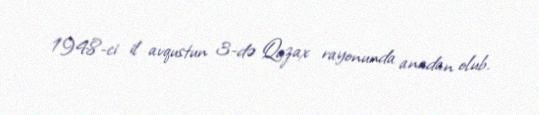
1948-ci il avqustun 3-də Qazax rayonunda anadan olub.